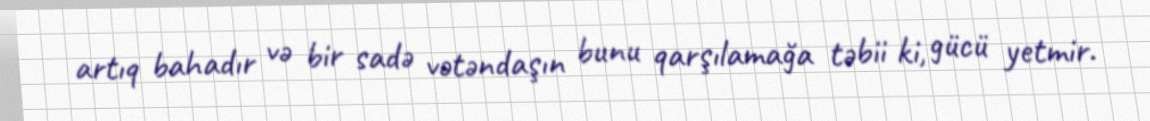
artıq bahadır və bir sadə vətəndaşın bunu qarşılamağa təbii ki, gücü yetmir.